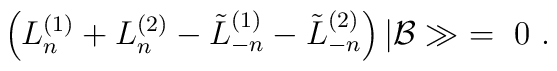
\left( L^{(1)}_n +  L^{(2)}_n -  \tilde{L}^{(1)}_{-n}- \tilde{L}^{(2)}_{-n} \right)\vert {\cal B}\gg \ =\  0 \ .